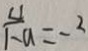
\frac { 4 } { 1 - a } = - 2